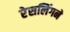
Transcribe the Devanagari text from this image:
रेसलिंगने